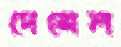
দেমেল